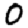
Digit: 0